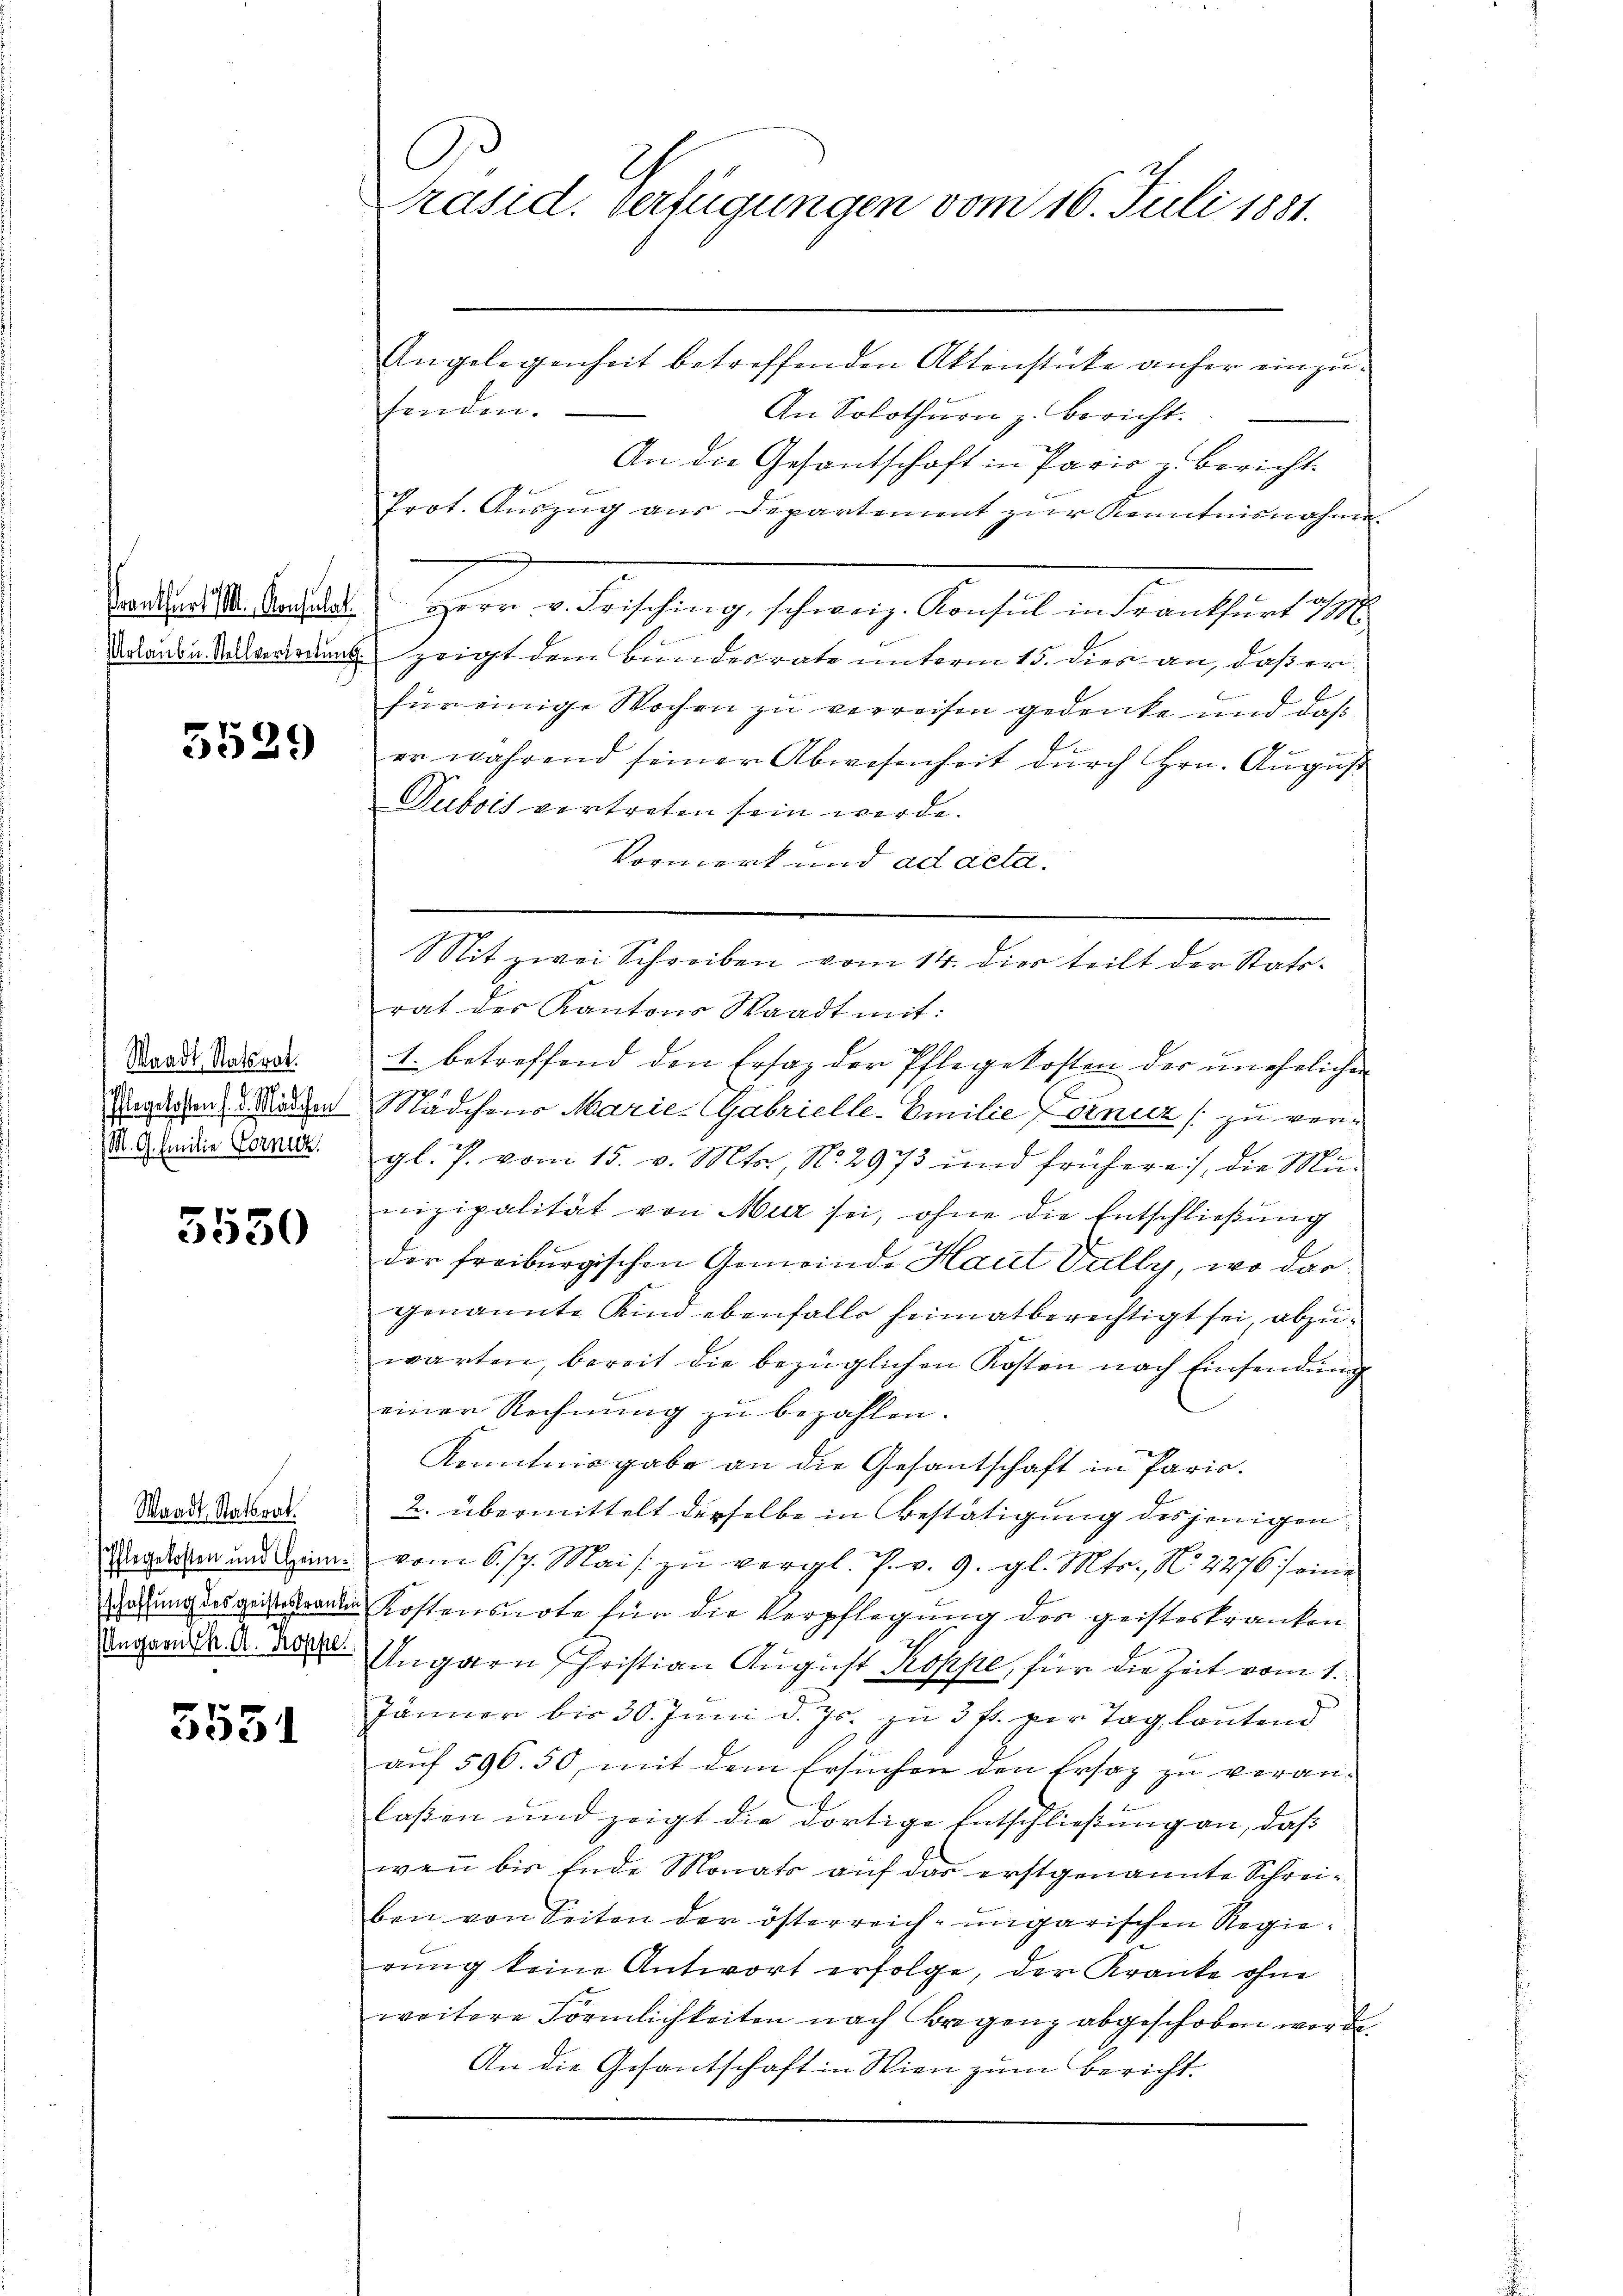
5529

Waadt, Ratsrat.
e
Pflegekosten f. d. Mädchen
M. G. Emilie Formen.

5550

Waadt Statsrat.
Pflegekosten und Heimschaffung des geisteskranke
Ungarn Ch. A. Koppe

3551

Angelegenheit betreffenden Aktenstücke anher einzusenden.
An Solothurn z. Bericht.
An die Gesantschaft in Paris z. Bericht
Prot. Auszug aus Departement zur Kenntnisnahme
aaden. Mandelt Herr v. Frisching, schweiz. Konsul in Frankfurt 1/16
nande Malerannt zeigt dem Bundesrate unterm 15. dies an, daß er
für einige Wochen zu verreisen gedenke und daß
er während seiner Abwesenheit durch Hrn. August
Dubois vertreten sein werde.
Vormerk und ad acta.
Sit zwei Schreiben vom 14. dies teilt der Stattrat des Kantons Waadt mit:
1. betreffend den Ersatz der Pflegekosten der unehelichen
Mädchens Marie-CGabrielle-Emilie Forniz [zu vergl. P. vom 15. v. Mts., No. 2973 und frühere, die Munizipalität von Mur sei, ohne die Entschließung
der freiburgischen Gemeinde Haut Vully, wo dargenannte Kind ebenfalls heimatberechtigt sei, abzuwarten, bereit die bezüglichen Kosten nach Einsendung
einer Rechnung zu bezahlen.
Kenntnisgabe an die Gesantschaft in Paris.
2. übermittelt derselbe in Bestätigung desjenigen
vom 6. 17. Mai zu vergl. P. v. 9. gl. Mts., No. 2276) eine
u Kostensnote für die Verpflegung des geisteskranken
Ungarn Christian August Koppe, für die Zeit vom 1.
Jänner bis 30. Juni d. Js. zu 3 fr. per Tag lautend
auf 596. 50, mit dem Ersuchen den Ersatz zu veranlaßen und zeigt die dortige Entschließung an, daß
wen bis Ende Monats auf das erstgenannte Schreiben von Seiten der österreich-ungarischen Regierŭng keine Antwort erfolge, der Kranke ohne
weitere Förmlichkeiten nach Bregenz abgeschoben worden.
An die Gesantschaft in Wien zum Bericht.

C
C
Präsid. Verfügungen vom 16. Juli 1881.